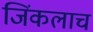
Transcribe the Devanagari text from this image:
जिंकलाच